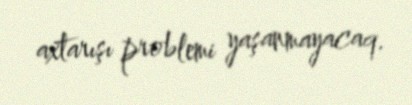
axtarışı problemi yaşanmayacaq.